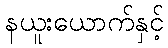
နယူးယောက်နှင့်